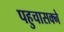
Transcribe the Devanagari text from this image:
पहुचासक्ने